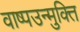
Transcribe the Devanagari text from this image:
वाष्पउन्मुक्ति